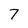
Character: 7